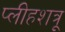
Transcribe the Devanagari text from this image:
प्लीहशत्रू